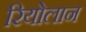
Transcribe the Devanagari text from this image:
रियोलान